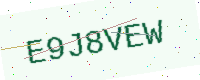
Text: E9J8VEW